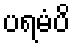
ပရမံပိ